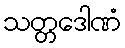
သတ္တဒေါဏံ